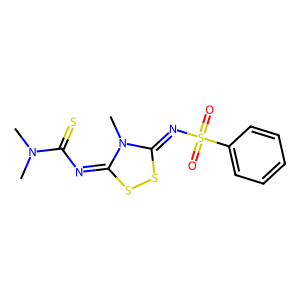
SMILES: CN(C)C(=S)N=c1ssc(=NS(=O)(=O)c2ccccc2)n1C
Inhibits HIV replication: No